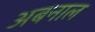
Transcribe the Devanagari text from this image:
अबनाल